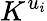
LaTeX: K^{u_{i}}